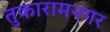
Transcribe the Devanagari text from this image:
तुकारामनगर